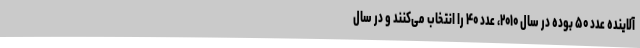
آلاینده عدد ۵۰ بوده در سال ۲۰۱۰، عدد ۴۰ را انتخاب می‌کنند و در سال